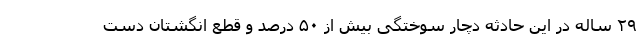
۲۹ ساله در این حادثه دچار سوختگی بیش از ۵۰ درصد و قطع انگشتان دست